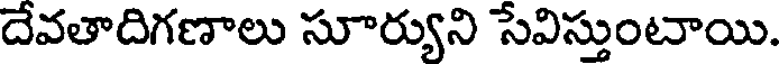
దేవతాదిగణాలు సూర్యుని సేవిస్తుంటాయి.